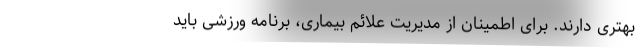
بهتری دارند. برای اطمینان از مدیریت علائم بیماری، برنامه ورزشی باید